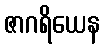
ဇာဂရိယေန